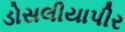
ડોસલીયાપીર